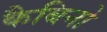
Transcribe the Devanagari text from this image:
कैबिनो